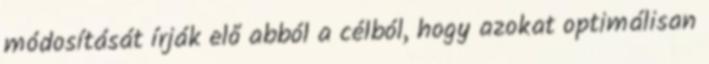
módosítását írják elő abból a célból, hogy azokat optimálisan